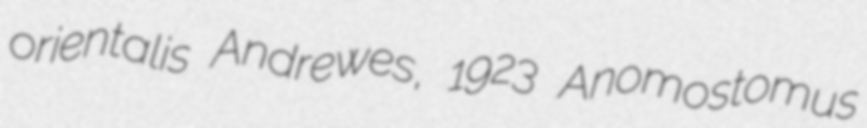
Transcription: orientalis Andrewes, 1923 Anomostomus